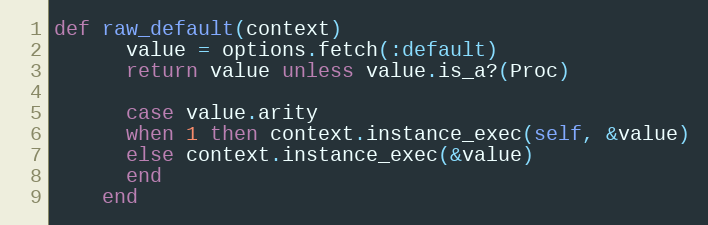
Language: Ruby
def raw_default(context)
      value = options.fetch(:default)
      return value unless value.is_a?(Proc)

      case value.arity
      when 1 then context.instance_exec(self, &value)
      else context.instance_exec(&value)
      end
    end